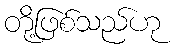
တို့ဖြစ်သည်ဟု